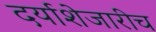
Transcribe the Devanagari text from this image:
दर्याशेजारीच